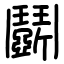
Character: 鬬